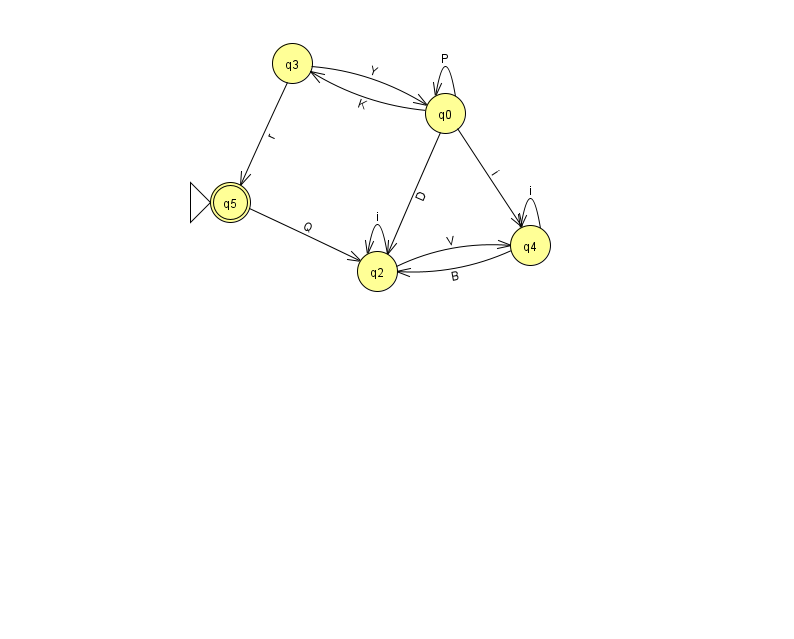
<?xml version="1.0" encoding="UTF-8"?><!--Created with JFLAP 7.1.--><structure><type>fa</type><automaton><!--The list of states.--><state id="0" name="q0"><x>445.0</x><y>100.0</y></state><state id="2" name="q2"><x>377.0</x><y>258.0</y></state><state id="3" name="q3"><x>292.0</x><y>50.0</y></state><state id="4" name="q4"><x>530.0</x><y>232.0</y></state><state id="5" name="q5"><x>230.0</x><y>189.0</y><initial/><final/></state><!--The list of transitions.--><transition><from>0</from><to>0</to><read>P</read></transition><transition><from>5</from><to>2</to><read>Q</read></transition><transition><from>2</from><to>4</to><read>V</read></transition><transition><from>0</from><to>4</to><read>i</read></transition><transition><from>4</from><to>2</to><read>B</read></transition><transition><from>2</from><to>2</to><read>i</read></transition><transition><from>4</from><to>4</to><read>i</read></transition><transition><from>3</from><to>0</to><read>Y</read></transition><transition><from>3</from><to>5</to><read>r</read></transition><transition><from>0</from><to>2</to><read>D</read></transition><transition><from>0</from><to>3</to><read>K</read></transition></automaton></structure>